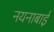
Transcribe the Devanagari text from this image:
नयनाबाई